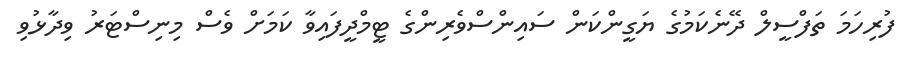
ފުރިހަމަ ތަފްސީލް ދޭނެކަމުގެ ޔަގީންކަން ސައިންސްވެރިންގެ ޓީމްދީފައިވާ ކަމަށް ވެސް މިނިސްޓަރު ވިދާޅުވި